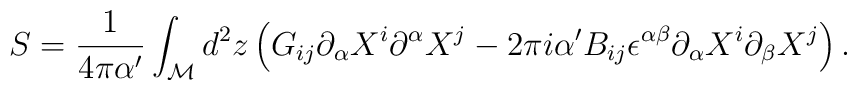
S = \frac{1}{4\pi\alpha^\prime}\int_{\cal M} d^2 z \left(  G_{ij}\partial_\alpha X^i \partial^\alpha X^j - 2\pi i \alpha^\prime  B_{ij} \epsilon^{\alpha\beta}\partial_\alpha X^i \partial_\beta  X^j\right) .